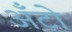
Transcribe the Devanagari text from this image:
अँटो